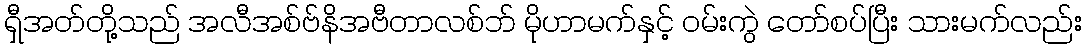
ရှီအတ်တို့သည် အလီအစ်ဗ်နိအဗီတာလစ်ဘ် မိုဟာမက်နှင့် ဝမ်းကွဲ တော်စပ်ပြီး သားမက်လည်း